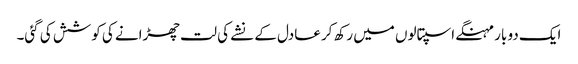
ایک دو بار مہنگے اسپتالوں میں رکھ کر عادل کے نشے کی لت چھڑانے کی کوشش کی گئی۔